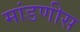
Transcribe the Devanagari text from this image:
मांडणीस